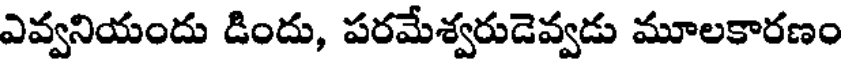
ఎవ్వనియందు డిందు, పరమేశ్వరుడెవ్వడు మూలకారణం